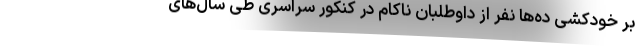
بر خودکشی‌ ده‌ها نفر از داوطلبان ناکام در کنکور سراسری طی سال‌های